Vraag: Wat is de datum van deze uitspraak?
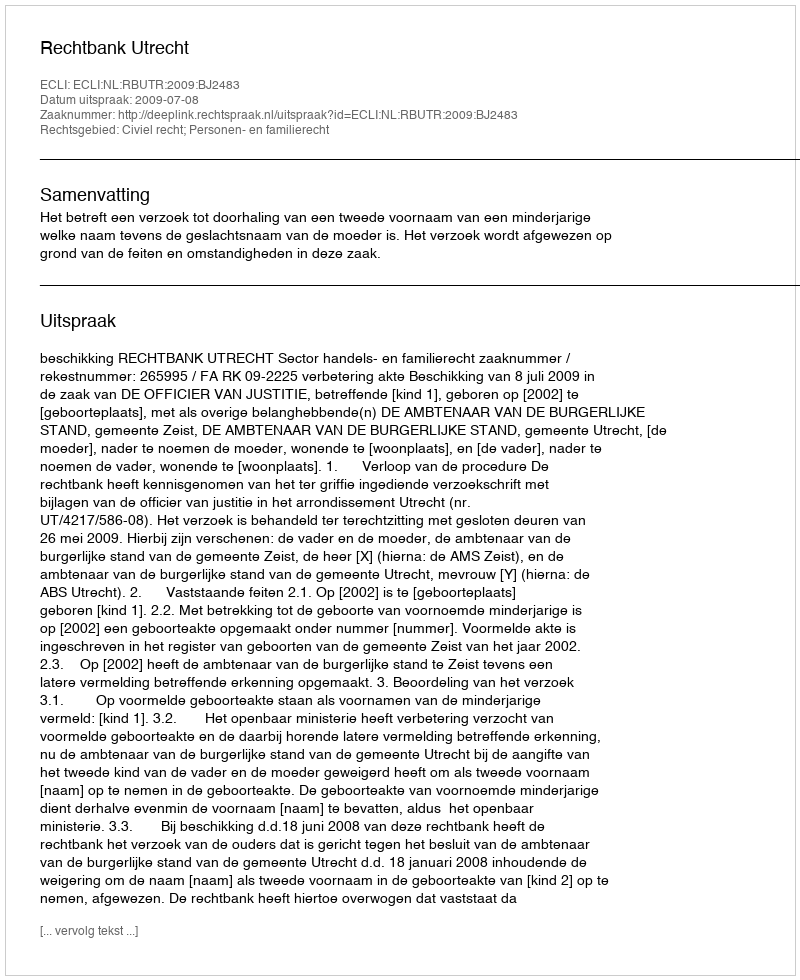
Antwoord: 2009-07-08